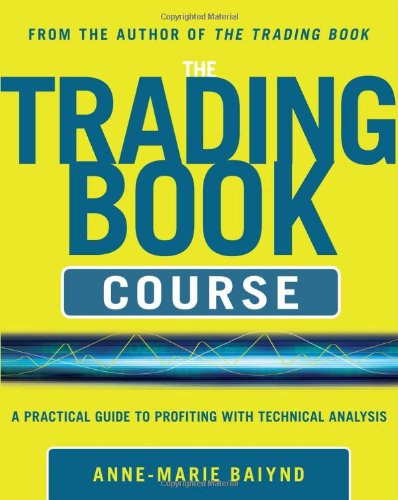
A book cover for The Trading Book Course:   A Practical Guide to Profiting with Technical Analysis; Anne-Marie Baiynd; Business & Money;